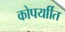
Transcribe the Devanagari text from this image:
कोपर्याीत